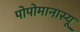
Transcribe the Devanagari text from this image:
पोपोमानास्यू